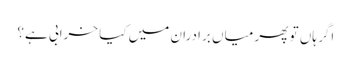
اگر ہاں تو پھر میاں برادران میں کیا خرابی ہے؟